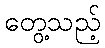
တွေ့သည့်